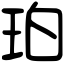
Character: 珀